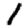
Digit: 1